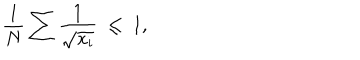
{ \frac { 1 } { N } } \sum { \frac { 1 } { \sqrt { x _ { i } } } } \; \leq \; 1 ,